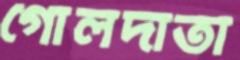
গোলদাতা